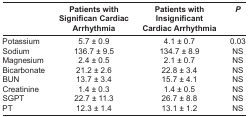
|  | Patients with Significan Cardiac Arrhythmia | Patients with Insignificant Cardiac Arrhythmia | P |
 | --- | --- | --- | --- |
 | Potassium | 5.7 ± 0.9 | 4.1 ± 0.7 | 0.03 |
 | Sodium | 136.7 ± 9.5 | 134.7 ± 8.9 | NS |
 | Magnesium | 2.4 ± 0.5 | 2.1 ± 0.7 | NS |
 | Bicarbonate | 21.2 ± 2.6 | 22.8 ± 3.4 | NS |
 | BUN | 13.7 ± 3.4 | 15.7 ± 4.1 | NS |
 | Creatinine | 1.4 ± 0.3 | 1.4 ± 0.5 | NS |
 | SGPT | 22.7 ± 11.3 | 26.7 ± 8.8 | NS |
 | PT | 12.3 ± 1.4 | 13.1 ± 1.2 | NS |